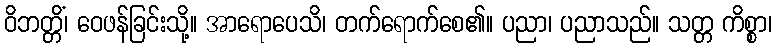
ဝိဘတ္တိံ၊ ဝေဖန်ခြင်းသို့။ အာရောပေသိ၊ တက်ရောက်စေ၏။ ပညာ၊ ပညာသည်။ သတ္တ ကိစ္စာ၊